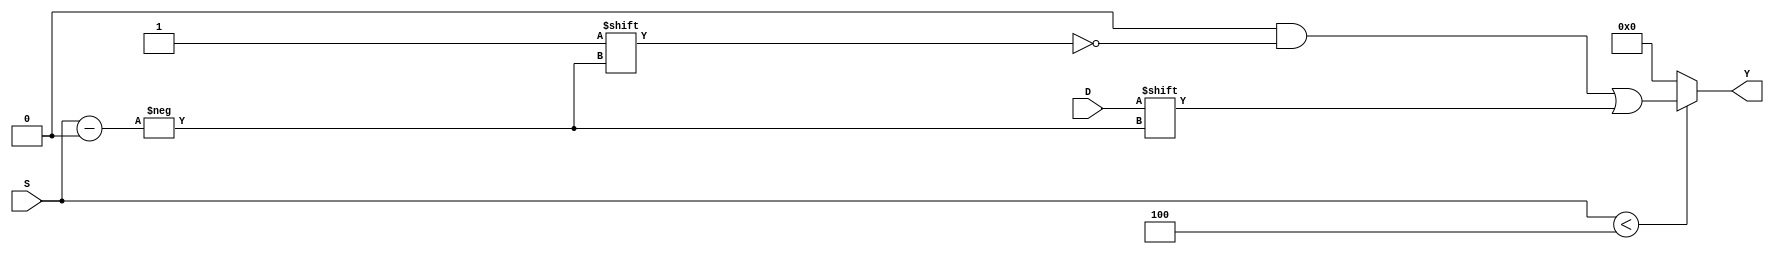
module ParameterizedDemux #(
    parameter N = 4 // Number of output lines (default is 4)
) (
    input wire D,                      // Data input
    input wire [$clog2(N)-1:0] S,     // Select lines
    output reg [N-1:0] Y               // Output lines
);

    always @(*) begin
        // Default all outputs to 0
        Y = {N{1'b0}};
        
        // Check if the select lines are within range
        if (S < N) begin
            // Route data input D to the selected output line
            Y[S] = D;
        end
        // If S is out of range, Y will remain all zeros (default state)
    end

endmodule